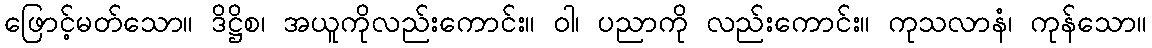
ဖြောင့်မတ်သော။ ဒိဋ္ဌိစ၊ အယူကိုလည်းကောင်း။ ဝါ၊ ပညာကို လည်းကောင်း။ ကုသလာနံ၊ ကုန်သော။